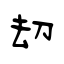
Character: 刧